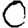
Digit: 0